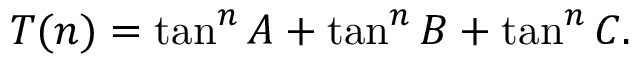
T ( n ) = \tan ^ { n } { A } + \tan ^ { n } { B } + \tan ^ { n } { C } .